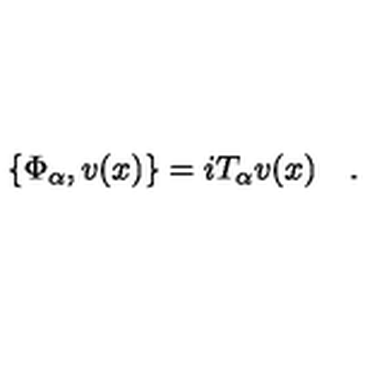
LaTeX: \{ \Phi _ { \alpha } , v ( x ) \} = i T _ { \alpha } v ( x ) \quad .